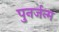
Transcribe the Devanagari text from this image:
पुनर्जन्‍म